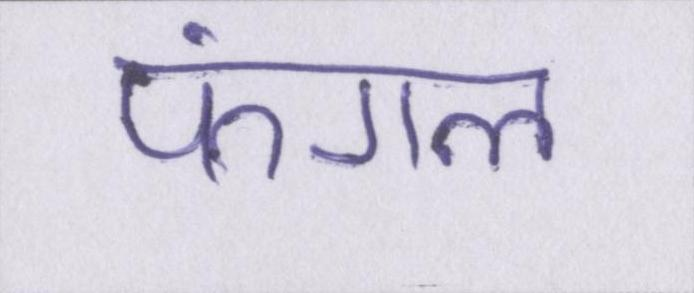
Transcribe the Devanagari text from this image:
फंगल